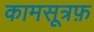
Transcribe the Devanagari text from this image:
कामसूत्रफ़